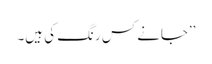
’’جانے کس رنگ کی ہیں۔